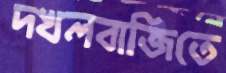
দখলবাজিতে